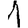
Digit: 1